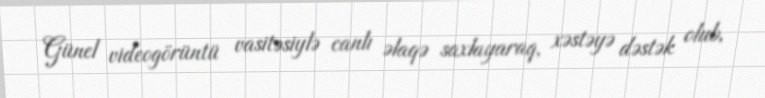
Günel videogörüntü vasitəsiylə canlı əlaqə saxlayaraq, xəstəyə dəstək olub,